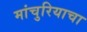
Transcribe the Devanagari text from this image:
मांचुरियाचा